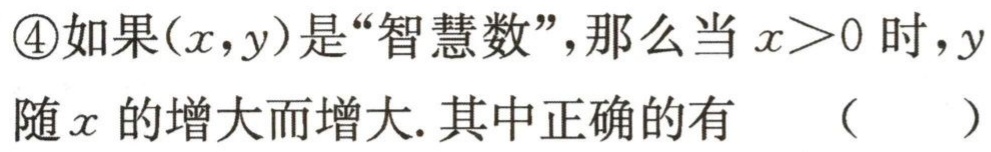
\textcircled{4}如果\((x,y)\)是“智慧数”，那么当\(x > 0\)时，\(y\)随\(x\)的增大而增大. 其中正确的有 （  ）